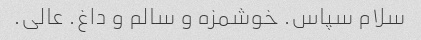
سلام سپاس. خوشمزه و سالم و داغ. عالی.